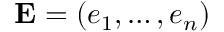
\mathbf { E } = ( e _ { 1 } , \dots , e _ { n } )